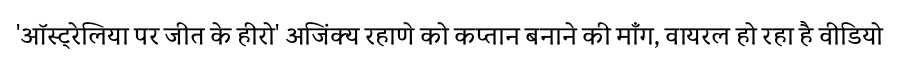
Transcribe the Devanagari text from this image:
'ऑस्ट्रेलिया पर जीत के हीरो' अजिंक्य रहाणे को कप्तान बनाने की माँग, वायरल हो रहा है वीडियो